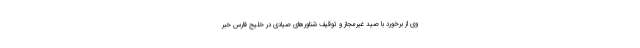
وی از برخورد با صید غیرمجاز و توقیف شناور‌های صیادی در خلیج فارس خبر